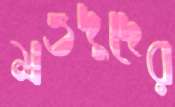
মওদুদের